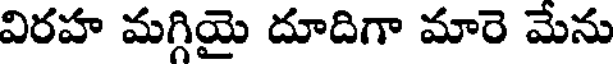
విరహ మగ్గియై దూదిగా మారె మేను